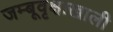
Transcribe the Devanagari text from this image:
जम्बूवृक्षाखाली